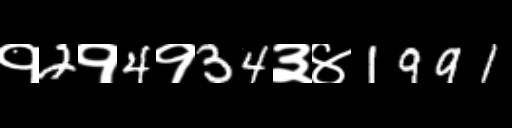
Text: १2१4१34३४1991